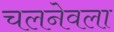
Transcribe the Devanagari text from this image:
चलनेवला